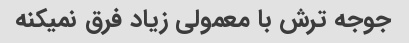
جوجه ترش با معمولی زیاد فرق نمیکنه